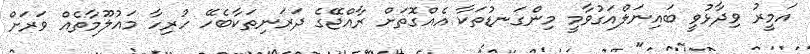
އަމީރު ވިދާޅުވީ ބައިނަލްއަގުވާމީ މިންގަނޑުތަކާ އެއްގޮތަށް ރާއްޖޭގެ ދަރަނިތަކާބެހޭ ހުރިހާ މައުލޫމާތެއް ވަރަށް